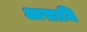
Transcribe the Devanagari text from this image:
आसामि